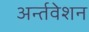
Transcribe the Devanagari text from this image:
अर्न्तवेशन